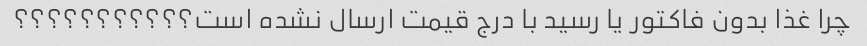
چرا غذا بدون فاکتور یا رسید با درج قیمت ارسال نشده است؟؟؟؟؟؟؟؟؟؟؟